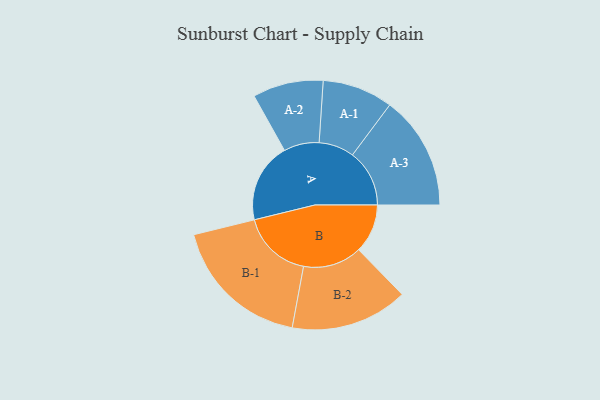
{"axis": {"x": "Segment", "y": "Value"}, "legend": ["", "A", "B"], "data": [{"x": "A", "y": 287, "type": ""}, {"x": "B", "y": 176, "type": ""}, {"x": "A-1", "y": 127, "type": "A"}, {"x": "A-2", "y": 127, "type": "A"}, {"x": "A-3", "y": 205, "type": "A"}, {"x": "B-1", "y": 253, "type": "B"}, {"x": "B-2", "y": 211, "type": "B"}]}